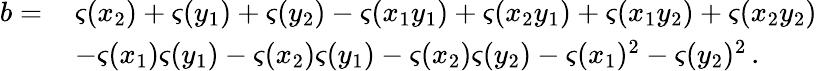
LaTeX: \begin{array}{rl}{b=\, }&{\varsigma(x_{2})+\varsigma(y_{1})+\varsigma(y_{2})-\varsigma(x_{1}y_{1})+\varsigma(x_{2}y_{1})+\varsigma(x_{1}y_{2})+\varsigma(x_{2}y_{2})}\\ &{-\varsigma(x_{1})\varsigma(y_{1})-\varsigma(x_{2})\varsigma(y_{1})-\varsigma(x_{2})\varsigma(y_{2})-\varsigma(x_{1})^{2}-\varsigma(y_{2})^{2}\, .}\end{array}